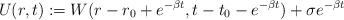
LaTeX: \begin{align*}U(r,t):=W(r-r_0+e^{-\beta t}, t-t_0-e^{-\beta t})+\sigma e^{-\beta t}\end{align*}